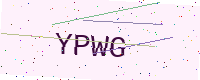
Text: YPWG